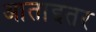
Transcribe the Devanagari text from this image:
आताइतर